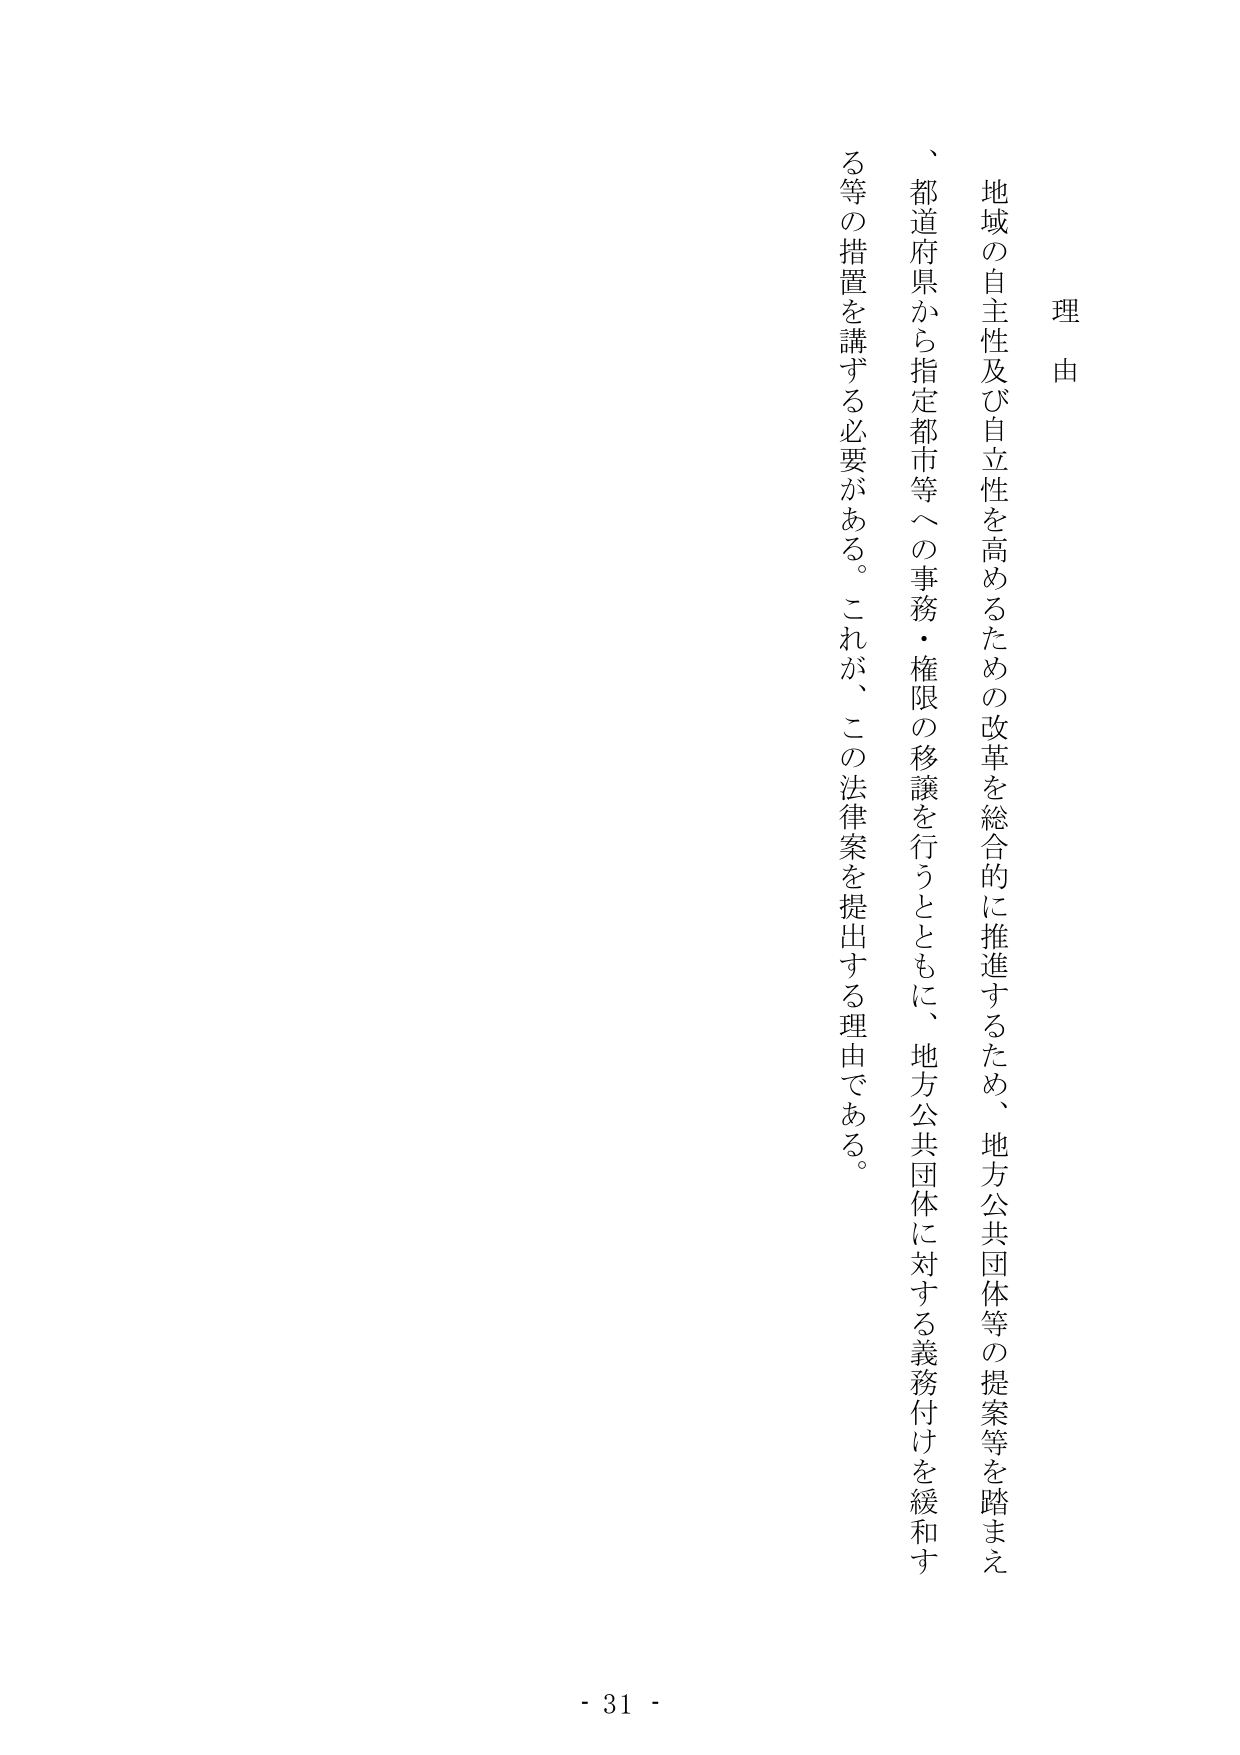
理由

地域の自主性及び自立性を高めるための改革を総合的に推進するため、地方公共団体等の提案等を踏まえ、都道府県から指定都市等への事務・権限の移譲を行うとともに、地方公共団体に対する義務付けを緩和する等の措置を講ずる必要がある。これが、この法律案を提出する理由である。

- 31 -